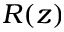
R ( z )